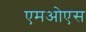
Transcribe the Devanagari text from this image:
एमओएस